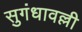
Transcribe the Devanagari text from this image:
सुगंधावल्ली